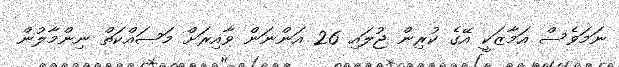
ނަމަވެސް އަމާޒަކީ އޭގެ ކުރިން ޖުލައި 26 އަންނަން ވާއިރަށް މަސައްކަތް ނިންމާލުން